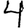
Digit: 4